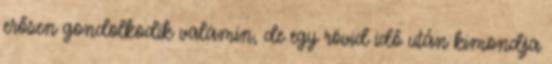
erősen gondolkodik valamin, de egy rövid idő után kimondja